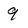
Character: 9